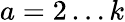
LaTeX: a=2\dots k